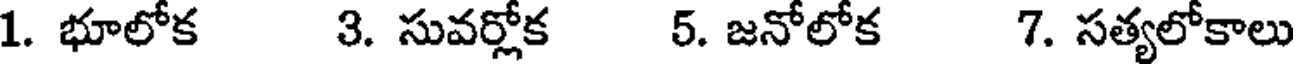
1. భూలోక 3. సువర్లోక 5. జనోలోక 7. సత్యలోకాలు